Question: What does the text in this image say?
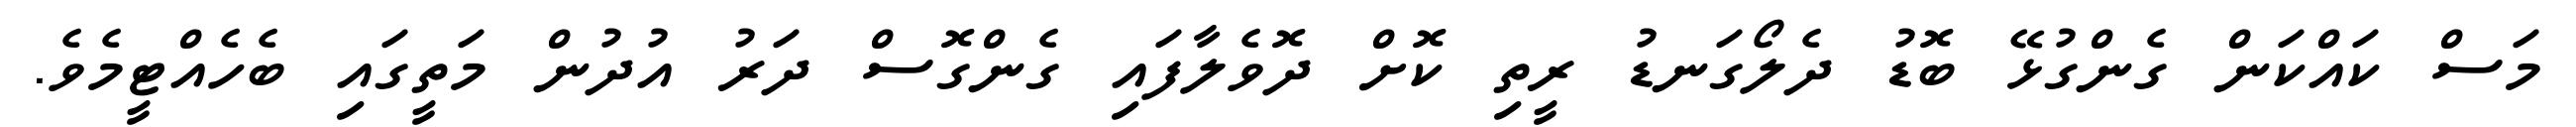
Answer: މަސް ކައްކަން ގެންގުޅޭ ބޮޑު ދެލޯގަނޑު ރީތި ކޮށް ދޮވެލާފައި ގެންގޮސް ދަރު އުދުން މަތީގައި ބެހެއްޓީމެވެ.